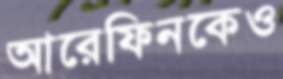
আরেফিনকেও